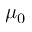
\mu _ { 0 }